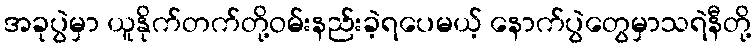
အခုပွဲမှာ ယူနိုက်တက်တို့ဝမ်းနည်းခဲ့ရပေမယ့် နောက်ပွဲတွေမှာသရဲနီတို့